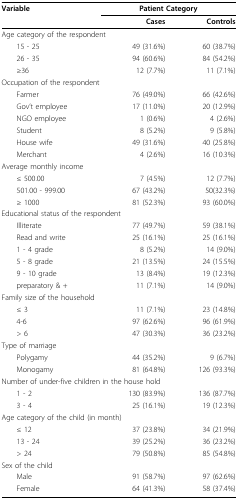
<table><thead><tr><td><b>Variable</b></td><td colspan="2"><b>Patient Category</b></td></tr><tr><td></td><td><b>Cases</b></td><td><b>Controls</b></td></tr></thead><tbody><tr><td colspan="3">Age category of the respondent</td></tr><tr><td> 15 - 25</td><td>49 (31.6%)</td><td>60 (38.7%)</td></tr><tr><td> 26 - 35</td><td>94 (60.6%)</td><td>84 (54.2%)</td></tr><tr><td> ≥36</td><td>12 (7.7%)</td><td>11 (7.1%)</td></tr><tr><td colspan="3">Occupation of the respondent</td></tr><tr><td> Farmer</td><td>76 (49.0%)</td><td>66 (42.6%)</td></tr><tr><td> Gov&#x27;t employee</td><td>17 (11.0%)</td><td>20 (12.9%)</td></tr><tr><td> NGO employee</td><td>1 (0.6%)</td><td>4 (2.6%)</td></tr><tr><td> Student</td><td>8 (5.2%)</td><td>9 (5.8%)</td></tr><tr><td> House wife</td><td>49 (31.6%)</td><td>40 (25.8%)</td></tr><tr><td> Merchant</td><td>4 (2.6%)</td><td>16 (10.3%)</td></tr><tr><td colspan="3">Average monthly income</td></tr><tr><td> ≤ 500.00</td><td>7 (4.5%)</td><td>12 (7.7%)</td></tr><tr><td> 501.00 - 999.00</td><td>67 (43.2%)</td><td>50(32.3%)</td></tr><tr><td> ≥ 1000</td><td>81 (52.3%)</td><td>93 (60.0%)</td></tr><tr><td colspan="3">Educational status of the respondent</td></tr><tr><td> Illiterate</td><td>77 (49.7%)</td><td>59 (38.1%)</td></tr><tr><td> Read and write</td><td>25 (16.1%)</td><td>25 (16.1%)</td></tr><tr><td> 1 - 4 grade</td><td>8 (5.2%)</td><td>14 (9.0%)</td></tr><tr><td> 5 - 8 grade</td><td>21 (13.5%)</td><td>24 (15.5%)</td></tr><tr><td> 9 - 10 grade</td><td>13 (8.4%)</td><td>19 (12.3%)</td></tr><tr><td> preparatory &amp; +</td><td>11 (7.1%)</td><td>14 (9.0%)</td></tr><tr><td colspan="3">Family size of the household</td></tr><tr><td> ≤ 3</td><td>11 (7.1%)</td><td>23 (14.8%)</td></tr><tr><td> 4-6</td><td>97 (62.6%)</td><td>96 (61.9%)</td></tr><tr><td> &gt; 6</td><td>47 (30.3%)</td><td>36 (23.2%)</td></tr><tr><td colspan="3">Type of marriage</td></tr><tr><td> Polygamy</td><td>44 (35.2%)</td><td>9 (6.7%)</td></tr><tr><td> Monogamy</td><td>81 (64.8%)</td><td>126 (93.3%)</td></tr><tr><td colspan="3">Number of under-five children in the house hold</td></tr><tr><td> 1 - 2</td><td>130 (83.9%)</td><td>136 (87.7%)</td></tr><tr><td> 3 - 4</td><td>25 (16.1%)</td><td>19 (12.3%)</td></tr><tr><td colspan="3">Age category of the child (in month)</td></tr><tr><td> ≤ 12</td><td>37 (23.8%)</td><td>34 (21.9%)</td></tr><tr><td> 13 - 24</td><td>39 (25.2%)</td><td>36 (23.2%)</td></tr><tr><td> &gt; 24</td><td>79 (50.8%)</td><td>85 (54.8%)</td></tr><tr><td colspan="3">Sex of the child</td></tr><tr><td> Male</td><td>91 (58.7%)</td><td>97 (62.6%)</td></tr><tr><td> Female</td><td>64 (41.3%)</td><td>58 (37.4%)</td></tr></tbody></table>